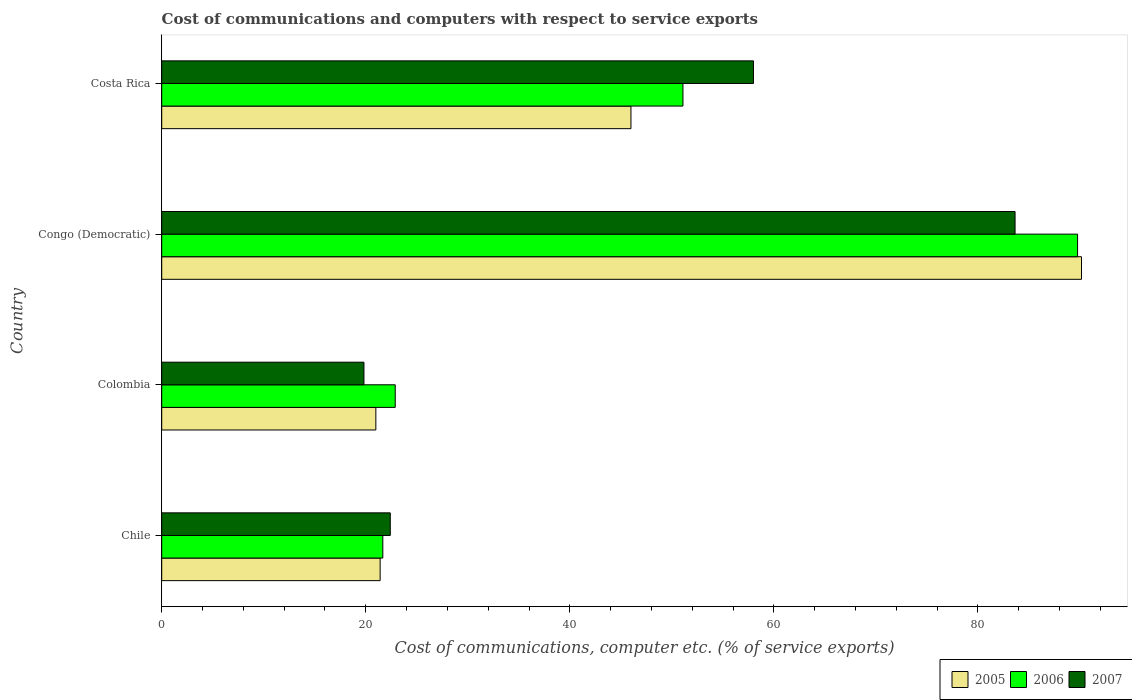
| Country | 2005 | 2006 | 2007 |
 | --- | --- | --- | --- |
 | Chile | 21.4 | 21.7 | 22.4 |
 | Colombia | 21 | 22.9 | 19.8 |
 | Congo (Democratic) | 90.2 | 89.8 | 83.6 |
 | Costa Rica | 46 | 51.1 | 58 |